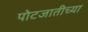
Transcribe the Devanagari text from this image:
पोटजातीच्या